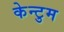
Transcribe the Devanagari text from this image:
केन्टुम